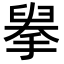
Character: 𢲓